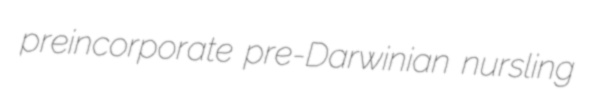
preincorporate pre-Darwinian nursling